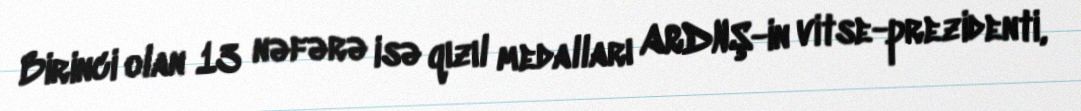
Birinci olan 13 nəfərə isə qızıl medalları ARDNŞ-in vitse-prezidenti,